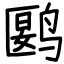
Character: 𬸘